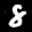
Digit: 8